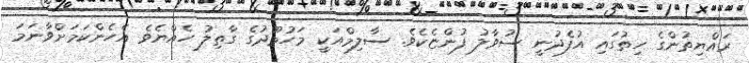
ރައްޔިތުންގެ ހިތުގައި އުފެދުނީ ސުވާލު ފުންޏެކެވެ. ސާލިމްއަކީ މަހުމޫދުގެ ގާތިލު ހެއްޔެވެ އެހެންކަމަށްވާނަމަ